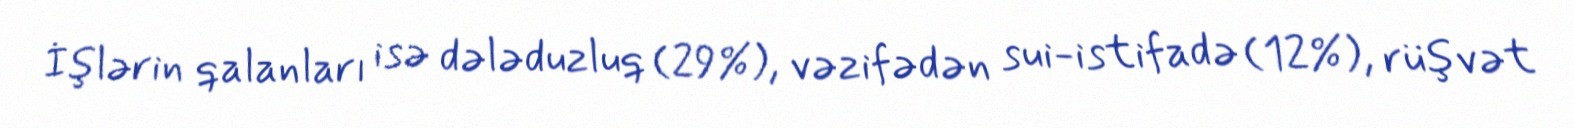
İşlərin qalanları isə dələduzluq (29%), vəzifədən sui-istifadə (12%), rüşvət